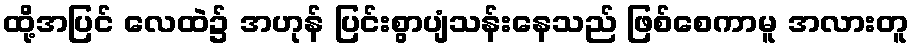
ထို့အပြင် လေထဲ၌ အဟုန် ပြင်းစွာပျံသန်းနေသည် ဖြစ်စေကာမူ အလားတူ